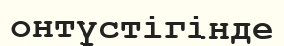
онтүстігінде